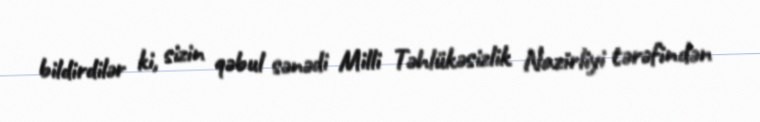
bildirdilər ki, sizin qəbul sənədi Milli Təhlükəsizlik Nazirliyi tərəfindən